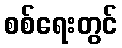
စစ်ရေးတွင်